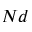
N d